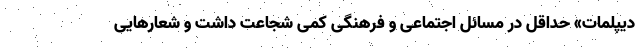
دیپلمات» حداقل در مسائل اجتماعی و فرهنگی کمی شجاعت داشت و شعارهایی